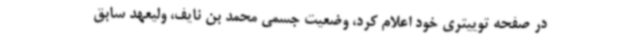
در صفحه توییتری خود اعلام کرد، وضعیت جسمی محمد بن نایف، ولیعهد سابق